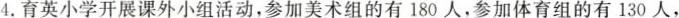
4.育英小学开展课外小组活动，参加美术组的有180人，参加体育组的有130人，